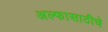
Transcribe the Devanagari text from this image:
अल्फासाठीचे